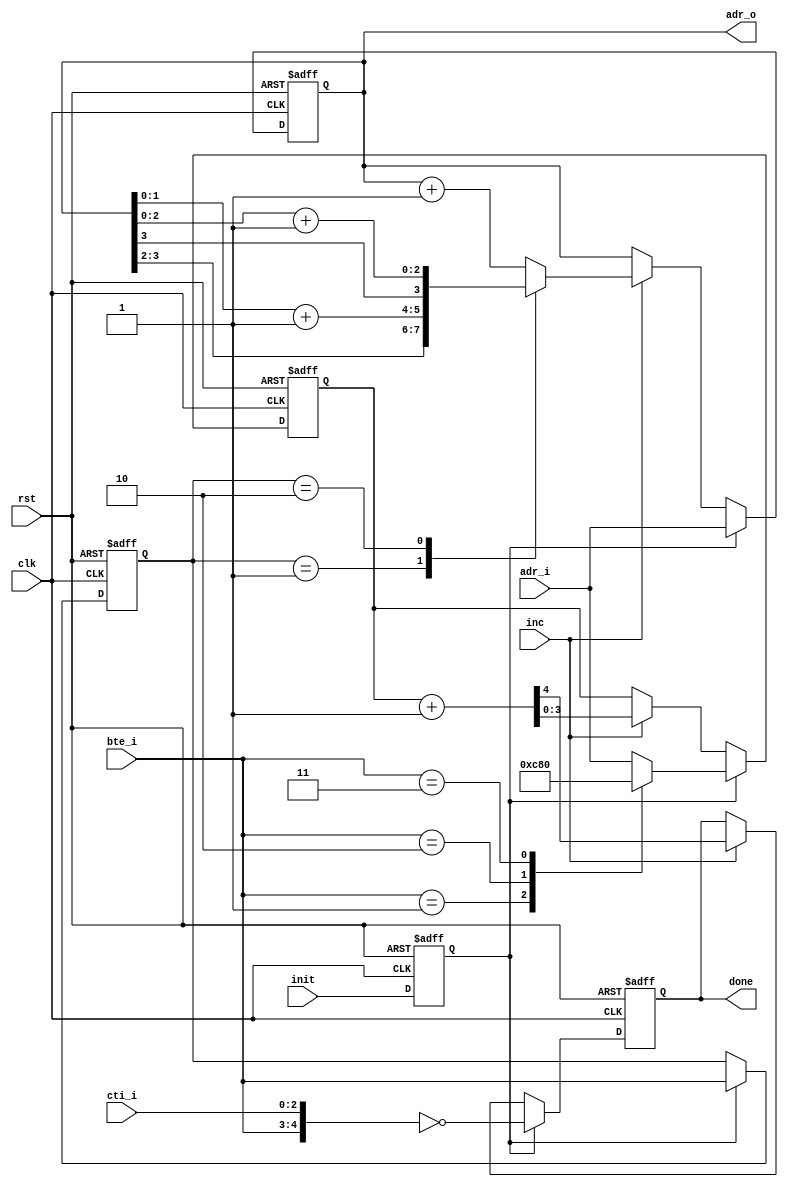
module inc_adr
  (
   input  [3:0] adr_i,
   input  [2:0] cti_i,
   input  [1:0] bte_i,
   input  init,
   input  inc,
   output reg [3:0] adr_o,
   output reg done,
   input clk,
   input rst
   );

   reg 	 init_i;
   
   reg [1:0] bte;
   reg [3:0] cnt;

   // delay init one clock cycle to be able to read from mem
   always @ (posedge clk or posedge rst)
     if (rst)
       init_i <= 1'b0;
     else
       init_i <= init;
   
   // bte
   always @ (posedge clk or posedge rst)
     if (rst)
       bte <= 2'b00;
     else
       if (init_i)
	 bte <= bte_i;

   // adr_o
   always @ (posedge clk or posedge rst)
     if (rst)
       adr_o <= 4'd0;
     else
       if (init_i)
	 adr_o <= adr_i;
       else
	 if (inc)
	   case (bte)
	     2'b01: adr_o <= {adr_o[3:2], adr_o[1:0] + 2'd1};
	     2'b10: adr_o <= {adr_o[3], adr_o[2:0] + 3'd1};
	     default: adr_o <= adr_o + 4'd1;
	   endcase // case (bte)
   
   // done
   always @ (posedge clk or posedge rst)
     if (rst)
       {done,cnt} <= {1'b0,4'd0};
     else
       if (init_i)
	 begin
	    done <= ({bte_i,cti_i} == {2'b00,3'b000});
	    case (bte_i)
	      2'b01: cnt <= 4'd12;
	      2'b10: cnt <= 4'd8;
	      2'b11: cnt <= 4'd0;
	      default: cnt <= adr_i;
	    endcase
	 end
       else
	 if (inc)
	   {done,cnt} <= cnt + 4'd1;

endmodule